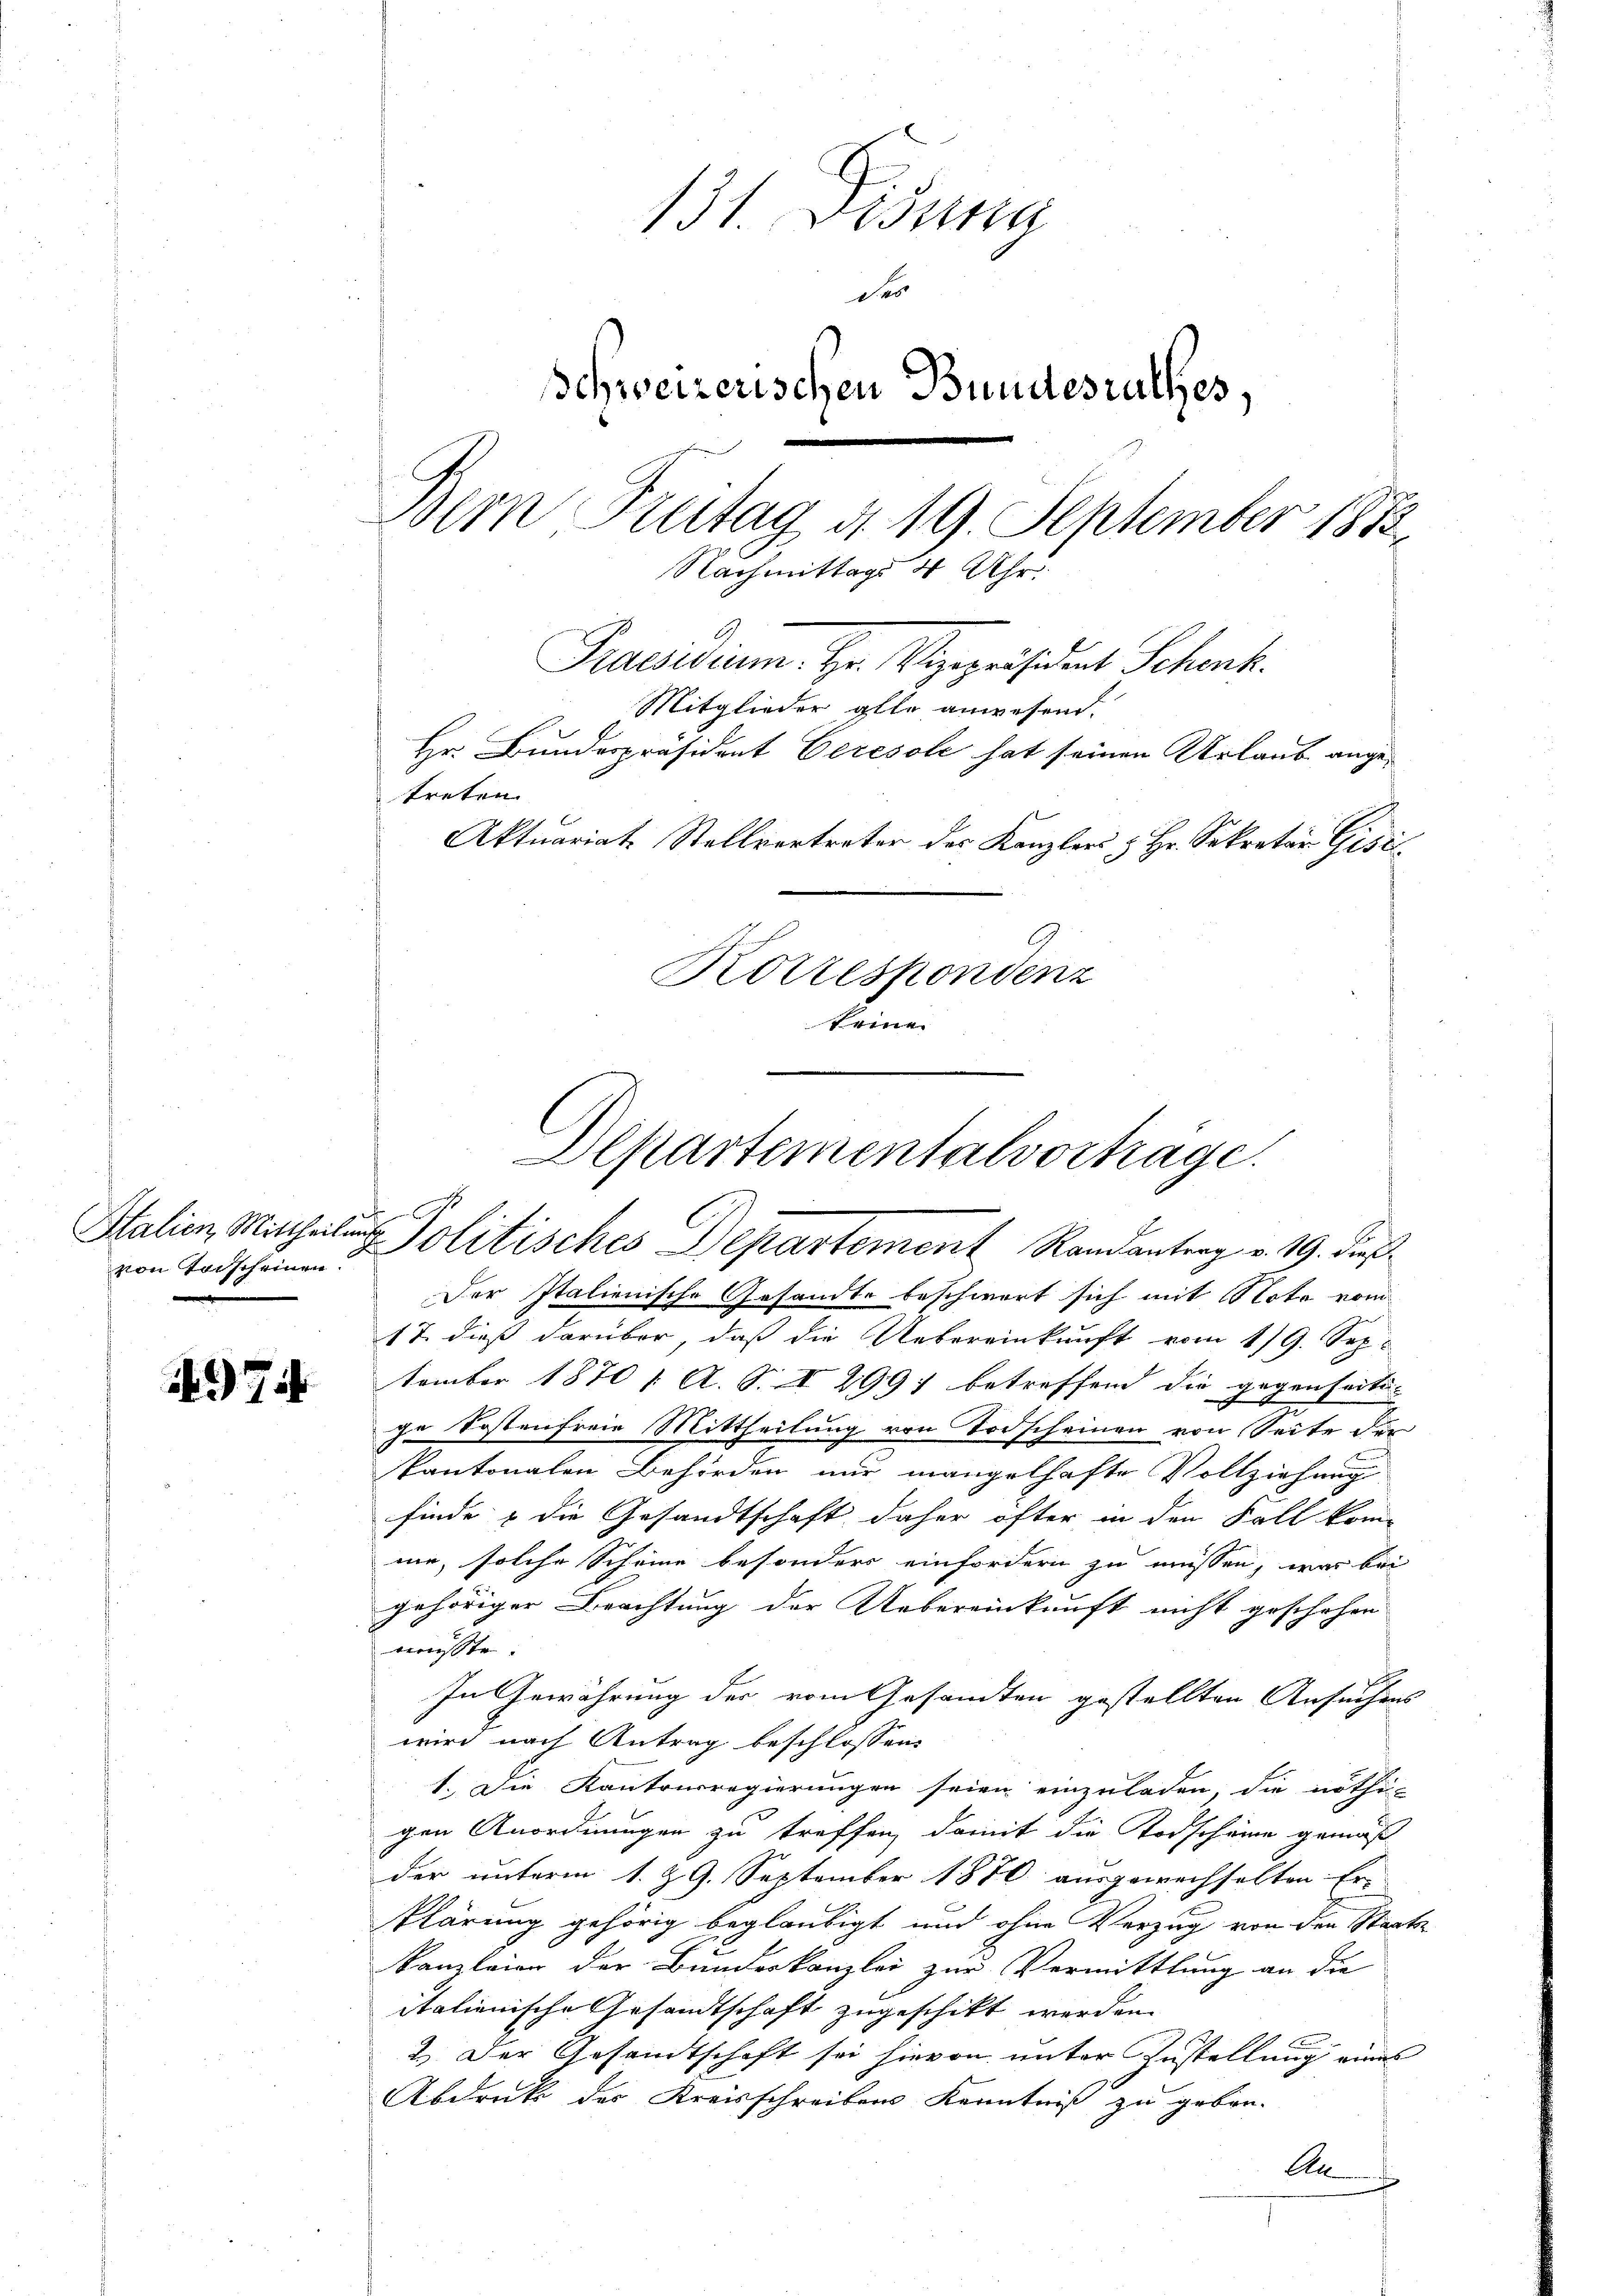
von Todscheinen.

74

131. Deputa
der
schweizerischen Bundesrathes,
Dem Fintag d. 19. September 1873.
Nachmittags 4 Uhr.
Praesidium. Hr. Vizepräsident Schenk.
Mitglieder alle anwesend.
Hr. Bundespräsident Ceresole hat seinen Urlaub angetreten.
Aktuariat Stellvertreter des Kanzlers & Hr. Sekretär Gisi
Korrespondenz
keine

Departementalvorträge.
Stalien Mitheilung Politisches Departement Randantrag v. 19. dieß

Der Italienische Gesandte beschwert sich mit Nota vom
17. dieß darüber, daß die Uebereinkunft vom 1/9. Sep
tember 1870 / A. S. I 2997 betreffend die gegenseitige Kostenfreie Mittheilung von Todscheinen von Seite der
kantonalen Behörden nur mangelhafte Vollziehung
finde & die Gesandtschaft daher öfter in den Fall kom-
me, solche Scheine besonders einfordern zu müssen, was bei
gehöriger Beachtung der Uebereinkunft nicht geschehen
musste.
In Gewährung der vom Gesandten gestellten Ansuchens
wird nach Antrag beschlossen:
1. Die Kantonsregierungen seien einzuladen, die nöthi-
gen Anordnungen zu treffen, damit die Todscheine gemäß
der unterm 1. & 9. September 1870 ausgewechselten Er-
klärung gehörig beglaubigt und ohne Verzug von den Staats
Kanzleien der Bundeskanzlei zur Vermittlung an die
italienische Gesandtschaft zugeschikt werden.
2.) Der Gesandtschaft sei hievon unter Zustellung eines
Abdruk des Kreisschreibens Kenntniß zu geben.
An